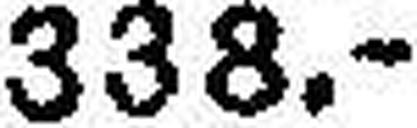
338.—